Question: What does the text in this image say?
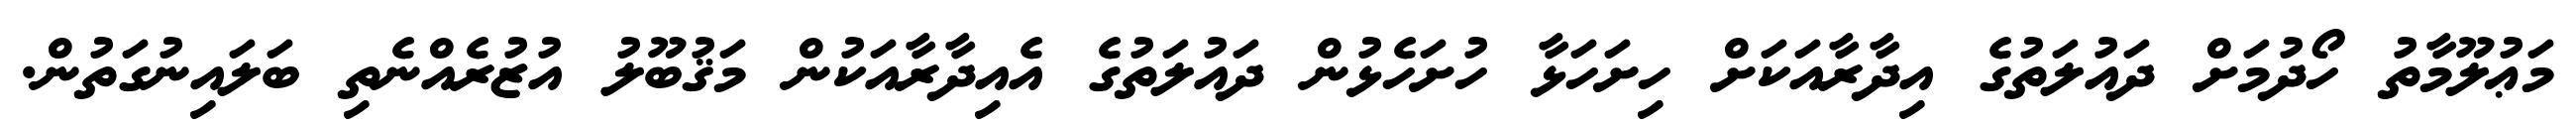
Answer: މަޢުލޫމާތު ހޯދުމަށް ދައުލަތުގެ އިދާރާއަކަށް ހިށަހަޅާ ހުށަހެޅުން ދައުލަތުގެ އެއިދާރާއަކުން މަޤުބޫލު އުޒުރެއްނެތި ބަލައިނުގަތުން.